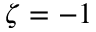
\zeta = - 1